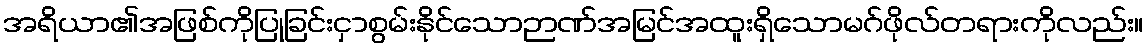
အရိယာ၏အဖြစ်ကိုပြုခြင်းငှာစွမ်းနိုင်သောဉာဏ်အမြင်အထူးရှိသောမဂ်ဖိုလ်တရားကိုလည်း။